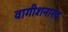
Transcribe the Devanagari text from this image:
वागीशनारद